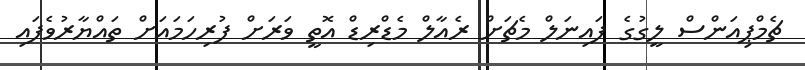
ޗެމްޕިއަންސް ލީގުގެ ފައިނަލް މެޗަށް ރެއާލް މެޑްރިޑް އޮތީ ވަރަށް ފުރިހަމައަށް ތައްޔާރުވެފައި